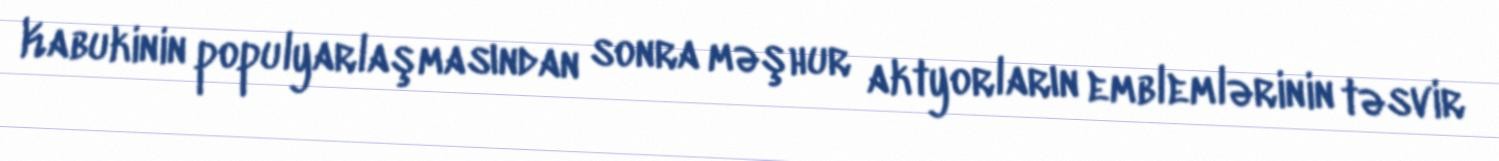
Kabukinin populyarlaşmasından sonra məşhur aktyorların emblemlərinin təsvir